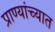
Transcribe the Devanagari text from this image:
प्राण्यांच्यात